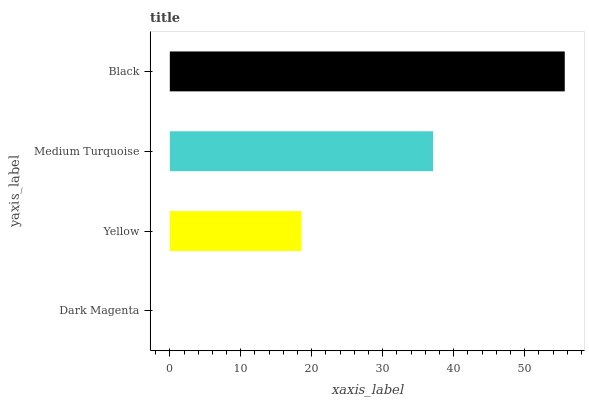
| yaxis_label | bars |
 | --- | --- |
 | Dark Magenta | 0 |
 | Yellow | 18.5 |
 | Medium Turquoise | 37.1 |
 | Black | 55.6 |